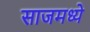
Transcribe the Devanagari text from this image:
साजमध्ये